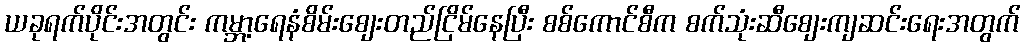
ယခုရက်ပိုင်းအတွင်း ကမ္ဘာ့ရေနံစိမ်းစျေးတည်ငြိမ်နေပြီး စစ်ကောင်စီက စက်သုံးဆီစျေးကျဆင်းရေးအတွက်